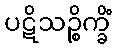
ပဋိသဉ္စိက္ခိံ